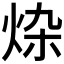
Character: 𰞗